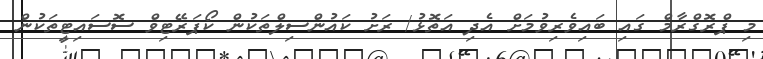
މި ޕްރޮގްރާމް ގައި ބައިވެރިވުމަށް އެދި އަތޮޅު/ ރަށު ކައުންސިލްތަކުން ކޯޕަރޭޓިވް ސޮސައިޓީތަކުން